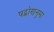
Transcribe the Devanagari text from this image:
षट्कोणनुमा